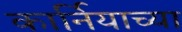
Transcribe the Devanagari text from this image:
कार्नियाच्या